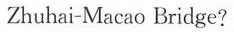
Zhuhai-Macao Bridge?